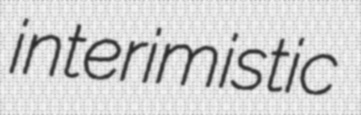
interimistic